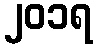
၂၀၁ရ